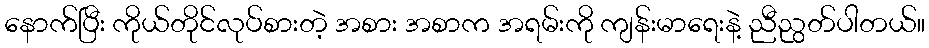
နောက်ပြီး ကိုယ်တိုင်လုပ်စားတဲ့ အစား အစာက အရမ်းကို ကျန်းမာရေးနဲ့ ညီညွတ်ပါတယ်။